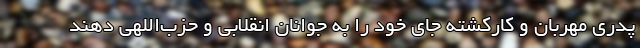
پدری مهربان و کارکشته جای خود را به جوانان انقلابی و حزب‌اللهی دهند